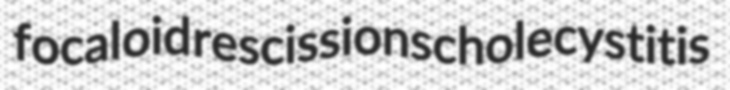
focaloid rescissions cholecystitis